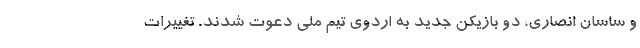
و ساسان انصاری، دو بازیکن جدید به اردوی تیم ملی دعوت شدند. تغییرات